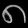
Digit: ၈